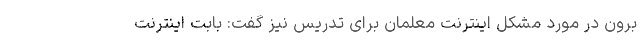
برون در مورد مشکل اینترنت معلمان برای تدریس نیز گفت: بابت اینترنت